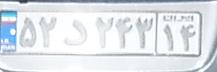
۵۲د۲۴۳۱۴